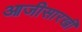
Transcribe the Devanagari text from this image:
आजीसारखी